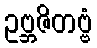
ဥဗ္ဘဇိတဗ္ဗံ